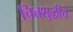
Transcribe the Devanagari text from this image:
चित्तशुद्धीचे